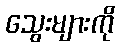
သွေးများကို